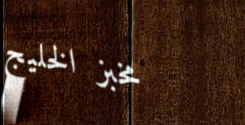
مخبز الخليج